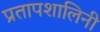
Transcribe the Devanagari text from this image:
प्रतापशालिनी